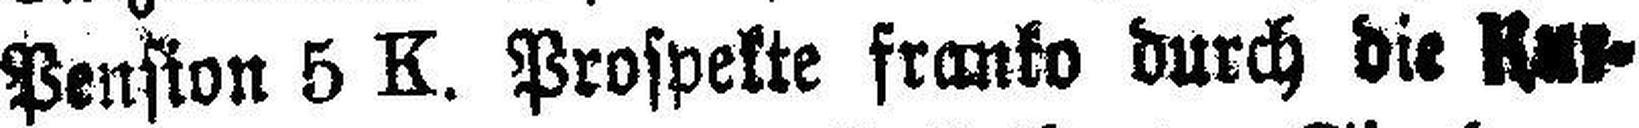
Pension 5 K. Prospekte franko durch die Kur¬